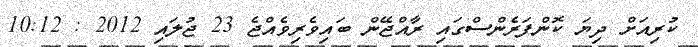
ކުރިއަށް ދިޔަ ކޮންފަރެންސްގައި ރާއްޖޭން ބައިވެރިވެއްޖެ 23 ޖުލައި 2012 : 10:12